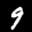
Label: 9